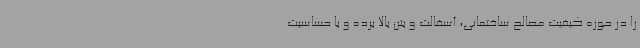
را در حوزه کیفیت مصالح ساختمانی، آسفالت و بتن بالا برده و با حساسیت